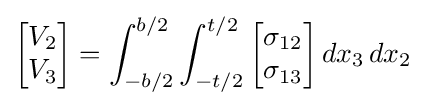
{\begin{bmatrix}V_{2}\\V_{3}\end{bmatrix}}=\int _{-b/2}^{b/2}\int _{-t/2}^{t/2}{\begin{bmatrix}\sigma _{12}\\\sigma _{13}\end{bmatrix}}\,dx_{3}\,dx_{2}